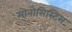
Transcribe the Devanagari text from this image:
मोनोसिस्टिस